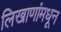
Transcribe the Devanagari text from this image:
लिखाणांमधून